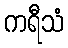
ကရီသံ